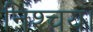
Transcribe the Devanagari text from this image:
निश्चय।